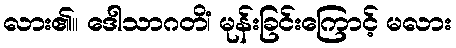
လား၏။ ဒေါသာဂတိံ၊ မုန်းခြင်းကြောင့် မလား